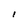
Character: l